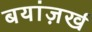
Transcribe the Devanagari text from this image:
बयांज़र्ख